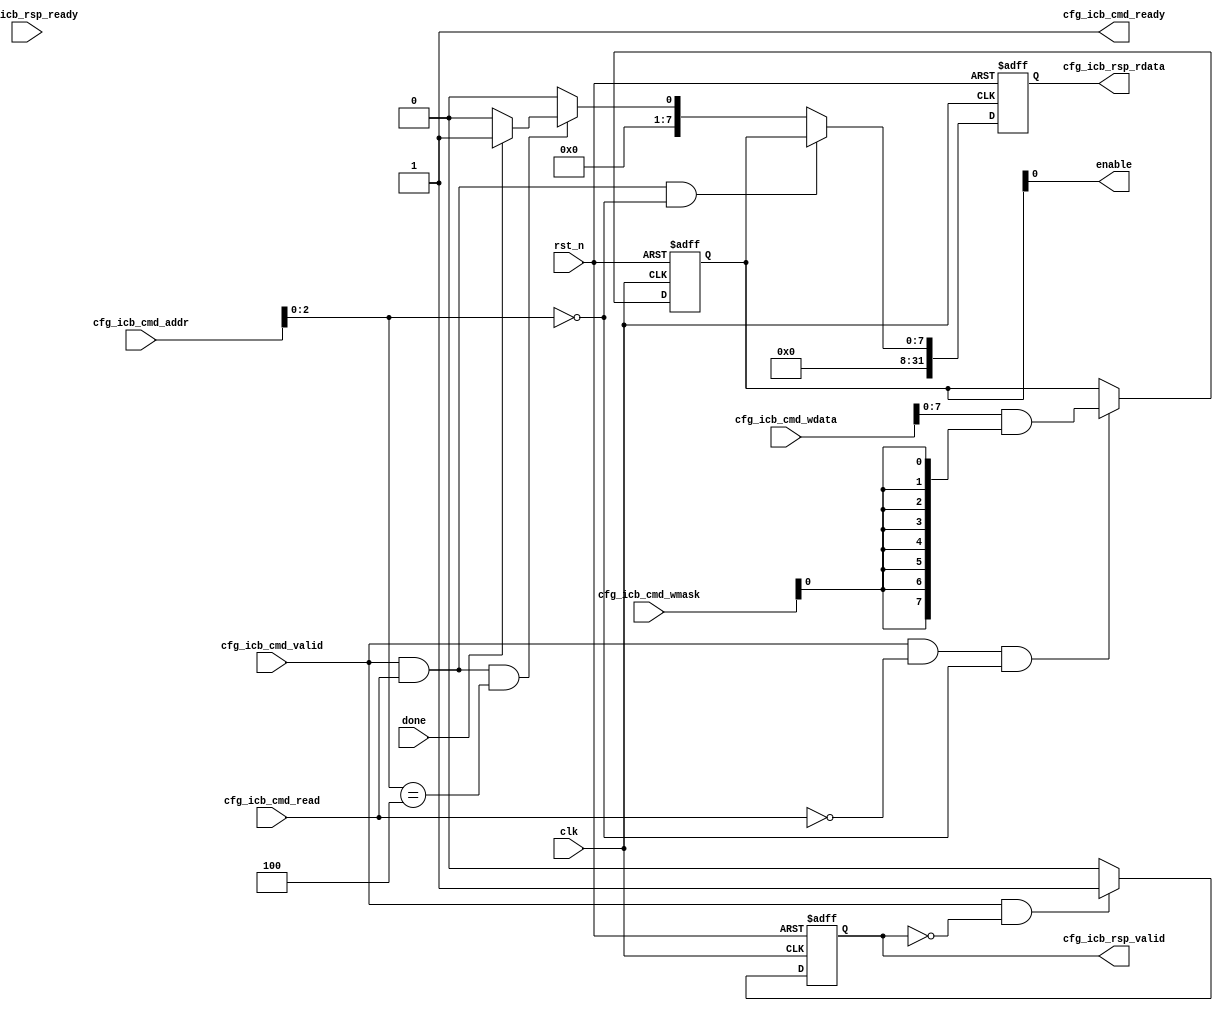
`define		CNN_BASE_ADDR		32'h10042000
`define		CNN_CTR				3'h0
`define		CNN_STATUS			3'h4

module cnn_control(
	input					clk,
	input					rst_n,
	
	//cfg icb command channel
	input					cfg_icb_cmd_valid,
	output					cfg_icb_cmd_ready,
	input		[31:0]		cfg_icb_cmd_addr,
	input 					cfg_icb_cmd_read,
	input		[31:0]		cfg_icb_cmd_wdata,
	input 		[3:0]		cfg_icb_cmd_wmask,
	//cfg icb response channel
	output 	reg				cfg_icb_rsp_valid,
	input 					cfg_icb_rsp_ready,
	output	reg	[31:0]		cfg_icb_rsp_rdata,
//	output					cfg_icb_rsp_err,

	output					enable,
	
	input 					done
);

//handshake signal
wire 			cfg_icb_cmd_hsk;
wire 			cfg_icb_cmd_wr_hsk;
wire 			cfg_icb_cmd_rd_hsk;

//4 registers
//0bit control the core whether be enabled
reg 	[7:0]	CNNCTR;

//0bit indicates whether the work is done
wire 	[7:0]	CNNSTATUS;

//handshake succeed
assign cfg_icb_cmd_hsk		=	cfg_icb_cmd_valid & cfg_icb_cmd_ready;
//assign cfg_icb_cmd_hsk		=	cfg_icb_cmd_valid;
//write data handshake succeed
assign cfg_icb_cmd_wr_hsk	=	cfg_icb_cmd_hsk & (~cfg_icb_cmd_read);
//read data handshake succeed
assign cfg_icb_cmd_rd_hsk	=	cfg_icb_cmd_hsk	& cfg_icb_cmd_read;

//keep ready
assign cfg_icb_cmd_ready	=	1'b1;

//inform the core to start work
assign enable				=	CNNCTR[0];

//register CNNSTATUS configuration
assign CNNSTATUS	=	done ? 8'b1 : 8'b0;

//register CNNCTR configuration
always@(posedge clk or negedge rst_n)begin
	if(!rst_n)begin
		CNNCTR	<=	8'h0;
	end
	else if(cfg_icb_cmd_wr_hsk && (cfg_icb_cmd_addr[2:0] == `CNN_CTR))begin
		CNNCTR	<=	cfg_icb_cmd_wdata[7:0] & {8{cfg_icb_cmd_wmask[0]}};
	end
	else begin
		CNNCTR	<=	CNNCTR;
	end
end

//cfg_icb_cmd_valid control
always@(posedge clk or negedge rst_n) begin
	if(!rst_n)begin
		cfg_icb_rsp_valid	<=	1'b0;
	end
	else if(cfg_icb_cmd_hsk && (~cfg_icb_rsp_valid))begin
		cfg_icb_rsp_valid	<=	1'b1;
	end
	else if(cfg_icb_rsp_ready && cfg_icb_rsp_valid)begin
		cfg_icb_rsp_valid	<=	1'b0;
	end
	else begin
		cfg_icb_rsp_valid	<=	1'b0;
	end
end

//cfg_icb_rsp_rdata control
always @(posedge clk or negedge rst_n) begin
	if(!rst_n)begin
		cfg_icb_rsp_rdata	<=	32'h0;	
	end
	else if(cfg_icb_cmd_rd_hsk && cfg_icb_cmd_addr[2:0] == (`CNN_CTR))begin
		cfg_icb_rsp_rdata	<=	{24'h0, CNNCTR};
	end
	else if(cfg_icb_cmd_rd_hsk && cfg_icb_cmd_addr[2:0] == (`CNN_STATUS))begin
		cfg_icb_rsp_rdata	<=	{24'h0, CNNSTATUS};
	end
	else begin
		cfg_icb_rsp_rdata	<=	32'h0;
	end
end

endmodule